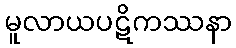
မူလာယပဋိကဿနာ